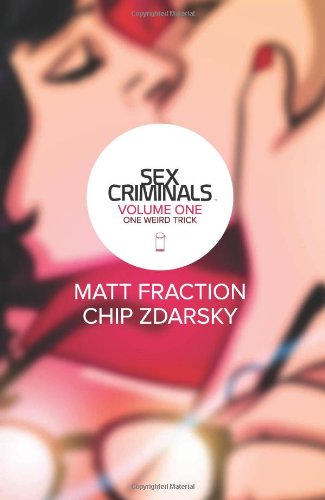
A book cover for Sex Criminals, Vol. 1: One Weird Trick (Sex Criminals Tp); Matt Fraction; Comics & Graphic Novels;